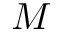
M